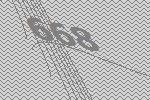
668